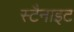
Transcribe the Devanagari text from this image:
स्टैनाइट